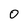
Character: 0